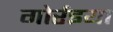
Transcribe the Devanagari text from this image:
गोर्रइया